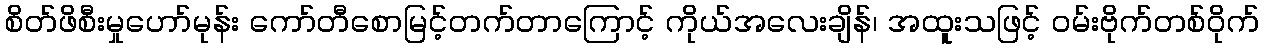
စိတ်ဖိစီးမှုဟော်မုန်း ကော်တီစောမြင့်တက်တာကြောင့် ကိုယ်အလေးချိန်၊ အထူးသဖြင့် ဝမ်းဗိုက်တစ်ဝိုက်